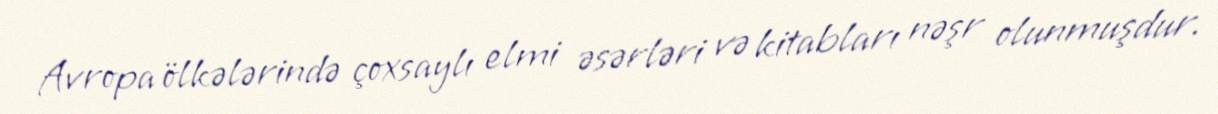
Avropa ölkələrində çoxsaylı elmi əsərləri və kitabları nəşr olunmuşdur.